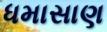
ધમાસાણ